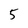
Character: 5